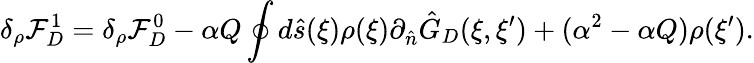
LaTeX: {\delta_{\rho}}{\mathcal{F}_{D}^{1}}={\delta_{\rho}}{\mathcal{F}_{D}^{0}}-\alpha{Q}\oint{d}\hat{s}(\xi)\rho(\xi){\partial_{\hat{n}}}{\hat{G}_{D}}(\xi,\xi^{\prime})+({\alpha^{2}}-\alpha{Q})\rho(\xi^{\prime}).